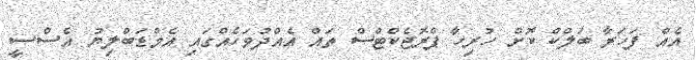
އެއް ފަހަރާ ބަލްކް ކޮށް ހުރިހާ ޕްރޮޖެކްޓްސް ތައް އެއްދުވަހެއްގައި އެމްޑަބްލިޔު އެސްސީ